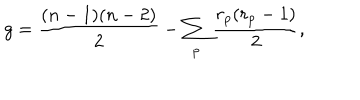
LaTeX: g = \frac { ( n - 1 ) ( n - 2 ) } { 2 } - \sum _ { p } \frac { r _ { p } ( r _ { p } - 1 ) } { 2 } ,